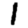
Digit: 1